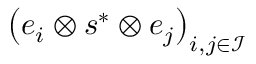
\left( \boldsymbol { e } _ { i } \otimes \boldsymbol { s } ^ { * } \otimes \boldsymbol { e } _ { j } \right) _ { i , j \in \mathcal { I } }